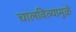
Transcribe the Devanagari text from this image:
चालविल्यामुळे